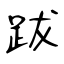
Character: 跋